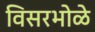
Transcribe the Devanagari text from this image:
विसरभोळे